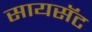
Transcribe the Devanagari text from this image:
सायसॅट